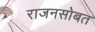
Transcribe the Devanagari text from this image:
राजनसोबत